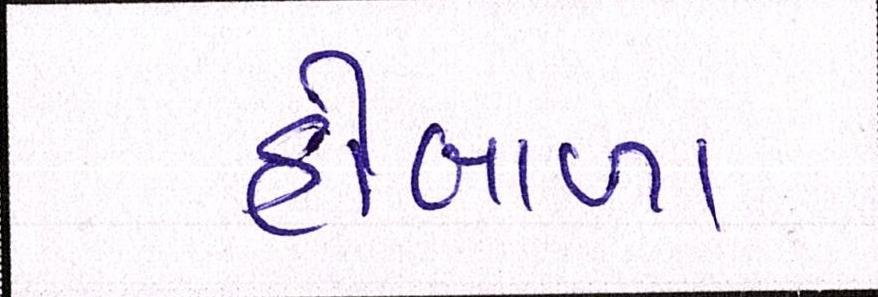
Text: હોબાળા